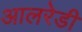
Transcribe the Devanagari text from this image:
आलरेडी